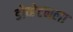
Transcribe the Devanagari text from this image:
डोव्हेटनला